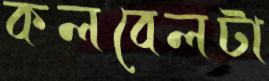
কলবেলটা